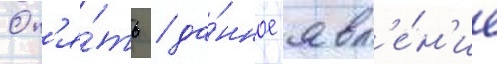
Оп'я́ть / да́нное явл'е́н'ие